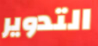
التدوير